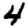
Digit: 4